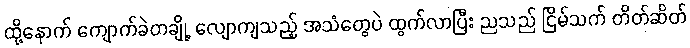
ထို့နောက် ကျောက်ခဲတချို့ လျောကျသည့် အသံတွေပဲ ထွက်လာပြီး ညသည် ငြိမ်သက် တိတ်ဆိတ်